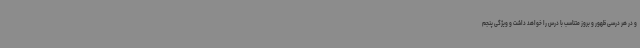
و در هر درسی ظهور و بروز متناسب با درس را خواهد داشت و ویژگی پنجم